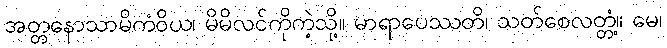
အတ္တနောသာမိကံဝိယ၊ မိမိလင်ကိုကဲ့သို့။ မာရာပေဿတိ၊ သတ်စေလတ္တံ့။ မေ၊